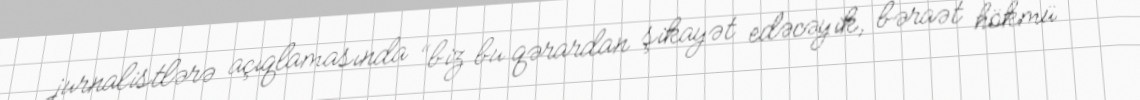
jurnalistlərə açıqlamasında “biz bu qərardan şikayət edəcəyik, bəraət hökmü